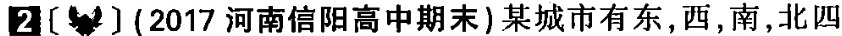
2〔〕(2017河南信阳高中期末)某城市有东，西，南，北四